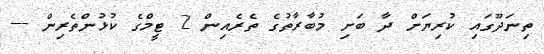
ތިނަދޫގައި ކުރިޔަށް ދާ ބަށި މުބާރާތުގެ ތެރެއިން 2 ޓީމްގެ ކުޅުންތެރިން ---